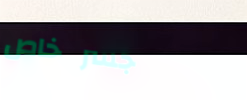
جسر خاص